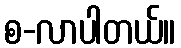
စ-လာပါတယ်။